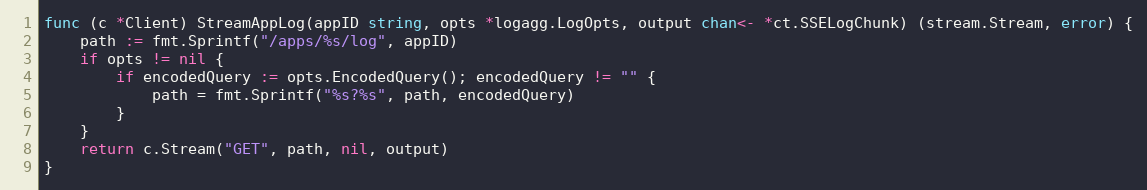
Language: Go
func (c *Client) StreamAppLog(appID string, opts *logagg.LogOpts, output chan<- *ct.SSELogChunk) (stream.Stream, error) {
	path := fmt.Sprintf("/apps/%s/log", appID)
	if opts != nil {
		if encodedQuery := opts.EncodedQuery(); encodedQuery != "" {
			path = fmt.Sprintf("%s?%s", path, encodedQuery)
		}
	}
	return c.Stream("GET", path, nil, output)
}